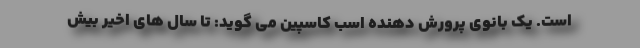
است. یک بانوی پرورش دهنده اسب کاسپین می گوید: تا سال های اخیر بیش